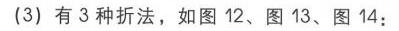
(3) 有$3$种折法，如图$12$、图$13$、图$14$：